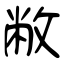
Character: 敝